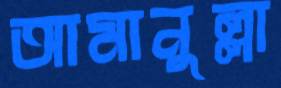
আমানুল্লা